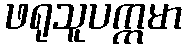
ဖရုသူပက္ကမာ